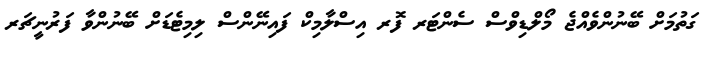
ގަތުމަށް ބޭނުންވެއްޖެ މޯލްޑިވްސް ސެންޓަރ ފޮރ އިސްލާމިކް ފައިނޭންސް ލިމިޓެޑަށް ބޭނުންވާ ފަރުނީޗަރ